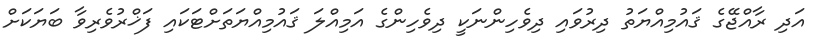
އަދި ރާއްޖޭގެ ޤައުމިއްޔަތު ދިރުވައި ދިވެހިންނަކީ ދިވެހިންގެ އަމިއްލަ ޤައުމިއްޔަތަށްޓަކައި ފަޚްރުވެރިވާ ބަޔަކަށް